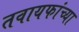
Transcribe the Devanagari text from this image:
तवायफांच्या